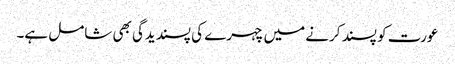
عورت کو پسند کرنے میں چہرے کی پسندیدگی بھی شامل ہے۔